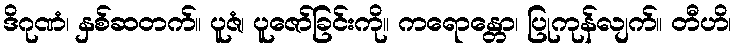
ဒိဂုဏံ၊ နှစ်ဆတက်။ ပူဇံ၊ ပူဇော်ခြင်းကို။ ကရောန္တော၊ ပြုကုန်လျက်။ တီဟိ၊